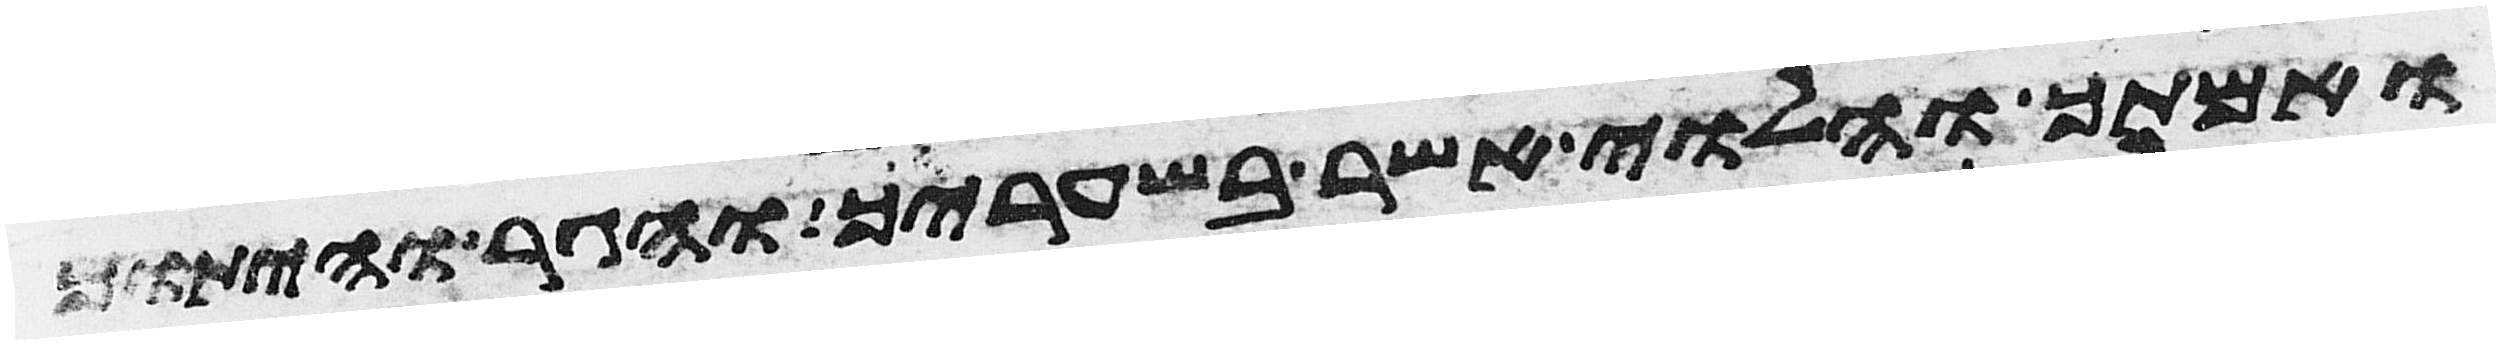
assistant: ואמתך והלוי אשר בשעריך והגר והיתום